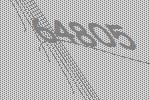
64805